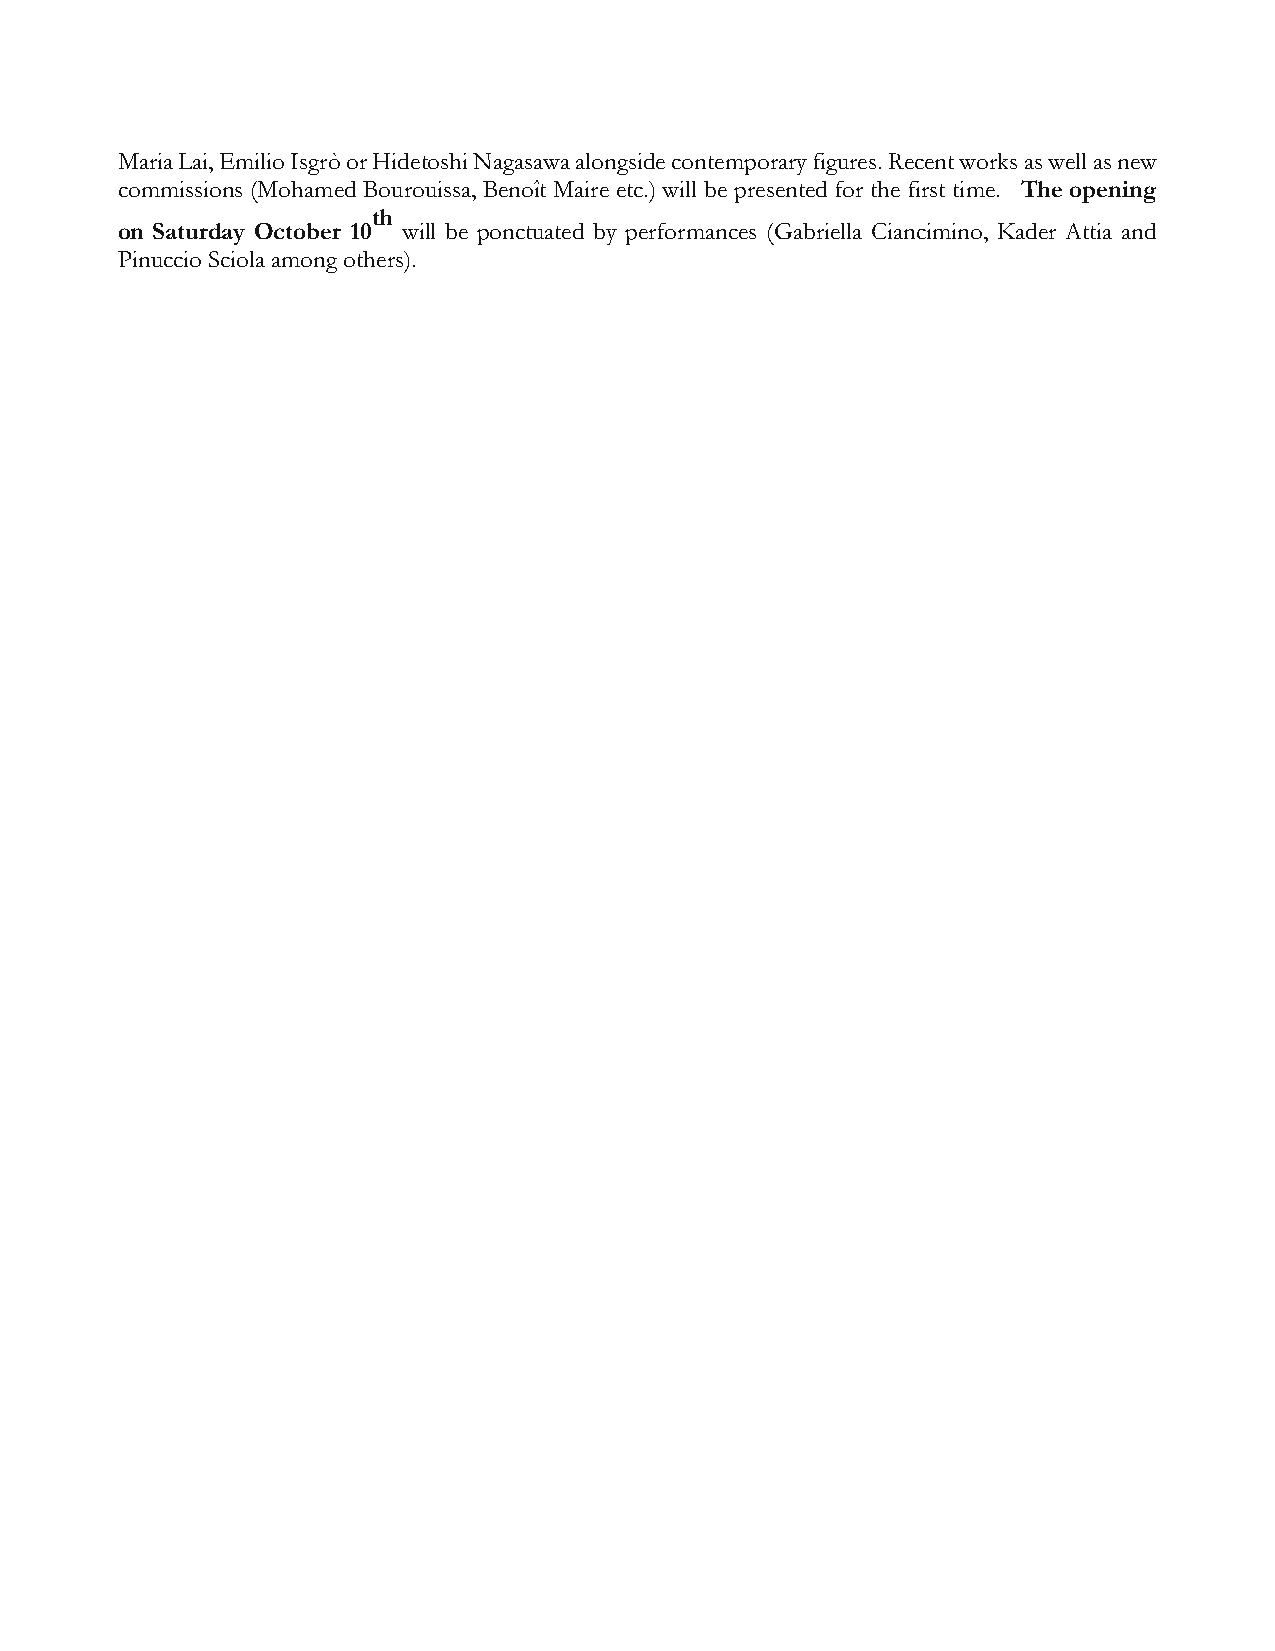
Maria Lai, Emilio Isgrò or Hidetoshi Nagasawa alongside contemporary figures. Recent works as well as new
 commissions (Mohamed Bourouissa, Benoît Maire etc.) will be presented for the first time. The opening
 th
 on Saturday October 10 will be ponctuated by performances (Gabriella Ciancimino, Kader Attia and
 Pinuccio Sciola among others).